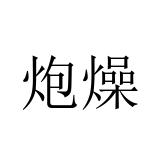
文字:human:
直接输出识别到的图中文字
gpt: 炮燥